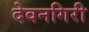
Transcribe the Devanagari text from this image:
देवनगिरी